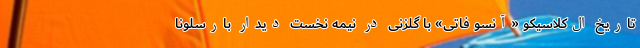
تاریخ ال‌کلاسیکو «آنسو فاتی» با گلزنی در نیمه نخست دیدار بارسلونا